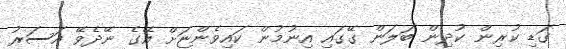
ގަޑި ކުރިން ކުދިން ބަލަން ގޭގައި އިނުމުން ކައިވެންޏަށް އޭގެ ނޭދެވޭ އަސަރު